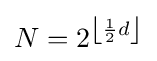
N=2^{\left\lfloor {\frac {1}{2}}d\right\rfloor }